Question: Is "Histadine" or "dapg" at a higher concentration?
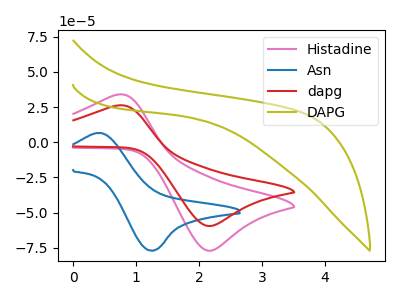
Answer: <think>The pink curve "Histadine" has an anodic peak at (0.70V, 33.80uA) and a cathodic peak at (2.15V, -77.05uA). The blue curve "Asn" has an anodic peak at (0.45V, 6.50uA) and a cathodic peak at (1.25V, -77.10uA). The red curve "dapg" has an anodic peak at (0.70V, 26.10uA) and a cathodic peak at (2.15V, -59.50uA). The olive curve "DAPG" has no peaks.
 All the peaks in "Histadine" have a peak in "dapg" at the same potential. Every peak in "Histadine" is higher than every peak in "dapg".</think>
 <answer>"Histadine" has more signal than "dapg" and so likely has a higher concentration.</answer>
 <eval>more_concentration</eval>